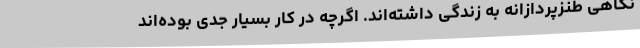
نگاهی طنزپردازانه به زندگی داشته‌اند. اگرچه در کار بسیار جدی بوده‌اند